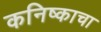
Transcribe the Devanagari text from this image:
कनिष्काचा